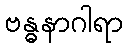
ဗန္ဓနာဂါရာ